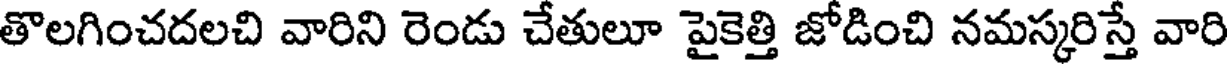
తొలగించదలచి వారిని రెండు చేతులూ పైకెత్తి జోడించి నమస్కరిస్తే వారి